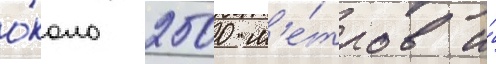
о́коло 2500 м'е́тров и́